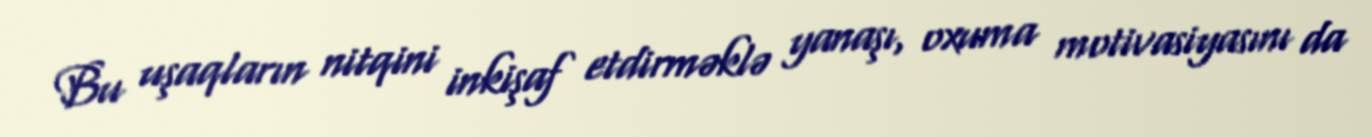
Bu uşaqların nitqini inkişaf etdirməklə yanaşı, oxuma motivasiyasını da